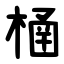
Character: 㮭